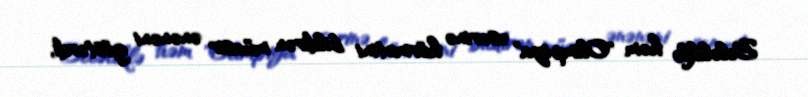
Beləliklə həm "Olimpiya" əsərinə hörmətini bildirən müasir ənənəni göstərdi,